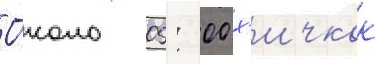
О́коло 05: 00 х'ичкок